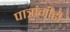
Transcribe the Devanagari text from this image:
पात्रांनीही